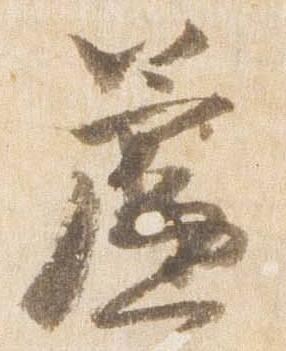
簾